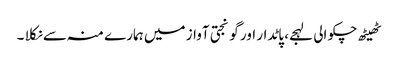
ٹھیٹھ چکوالی لہجے، پاٹدار اور گونجتی آواز میں ہمارے منہ سے نکلا ۔